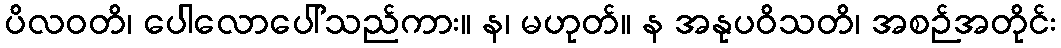
ပိလဝတိ၊ ပေါလောပေါ်သည်ကား။ န၊ မဟုတ်။ န အနုပဝိသတိ၊ အစဉ်အတိုင်း